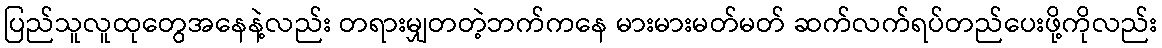
ပြည်သူလူထုတွေအနေနဲ့လည်း တရားမျှတတဲ့ဘက်ကနေ မားမားမတ်မတ် ဆက်လက်ရပ်တည်ပေးဖို့ကိုလည်း